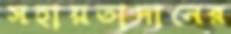
সহায়তাদানের